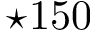
\star 1 5 0